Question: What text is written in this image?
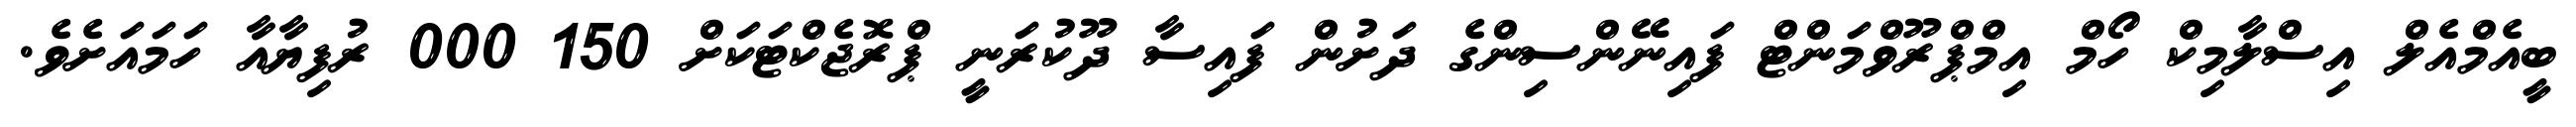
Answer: ބީއެމްއެލް އިސްލާމިކް ހޯމް އިމްޕްރޫވްމަންޓް ފައިނޭންސިންގެ ދަށުން ފައިސާ ދޫކުރަނީ ޕްރޮޖެކްޓަކަށް 150 000 ރުފިޔާއާ ހަމައަށެވެ.